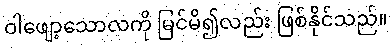
ဝါဖျော့သောလကို မြင်မိ၍လည်း ဖြစ်နိုင်သည်။